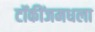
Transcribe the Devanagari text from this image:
टॉकींजमधला